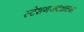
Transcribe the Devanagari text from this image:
स्टेशनजवळच्या